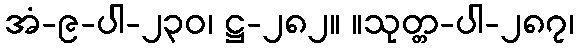
အံ-၉-ပါ-၂၃၀၊ ဋ္ဌ-၂၈၂။ ။သုတ္တ-ပါ-၂၈၇၊